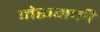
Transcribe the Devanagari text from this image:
मेरूमणी